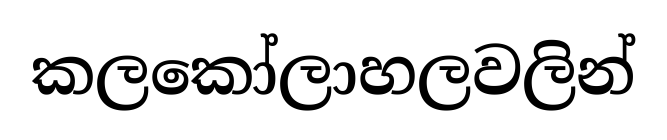
කලකෝලාහලවලින්